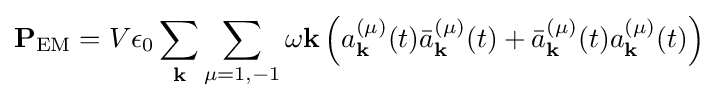
\mathbf {P} _{\textrm {EM}}=V\epsilon _{0}\sum _{\mathbf {k} }\sum _{\mu =1,-1}\omega \mathbf {k} \left(a_{\mathbf {k} }^{(\mu )}(t){\bar {a}}_{\mathbf {k} }^{(\mu )}(t)+{\bar {a}}_{\mathbf {k} }^{(\mu )}(t)a_{\mathbf {k} }^{(\mu )}(t)\right)